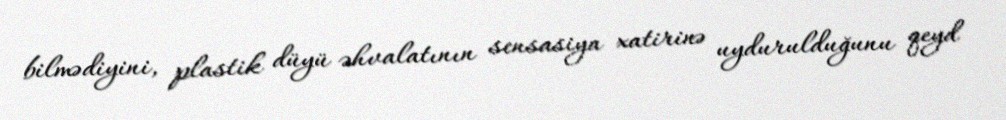
bilmədiyini, plastik düyü əhvalatının sensasiya xatirinə uydurulduğunu qeyd